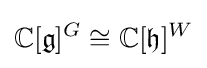
\mathbb {C} [{\mathfrak {g}}]^{G}\cong \mathbb {C} [{\mathfrak {h}}]^{W}